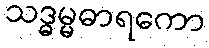
သဒ္ဓမ္မဓာရကော